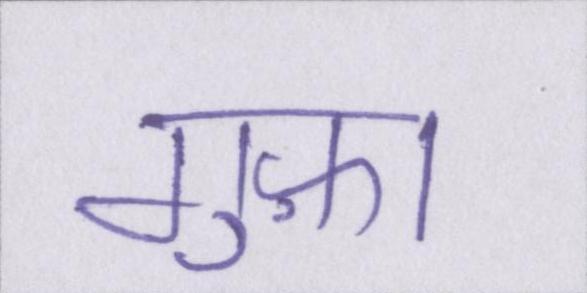
गुफ़ा